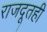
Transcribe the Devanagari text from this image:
राजदूतही